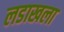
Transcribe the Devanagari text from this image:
लडाखला